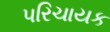
પરિચાયક